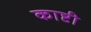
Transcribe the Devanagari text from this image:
काष्टी